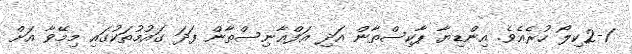
2-1ކިލޯ ހުރެއެވެ. އިންޑިޔާ ޕާކިސްތާން އަދި އަފްޣާނިސްތާން ފަދަ ގައުމުތަކުގައި މިމޭވާ އަށް